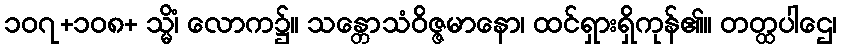
၁၀၇+၁၀၈+ သ္မိံ၊ လောက၌။ သန္တောသံဝိဇ္ဇမာနော၊ ထင်ရှားရှိကုန်၏။ တတ္ထပါဌေ၊